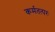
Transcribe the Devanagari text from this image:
कर्मतत्परः